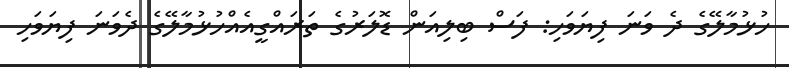
ހުޅުމާލޭގެ ދެ ވަނަ ފިޔަވަހި: ފަސް ބިލިއަން ޑޮލަރުގެ ތަރައްގީއެއްހުޅުމާލޭގެ ދެވަނަ ފިޔަވަހި